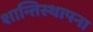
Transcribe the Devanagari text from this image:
शान्तिस्थापना